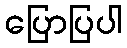
ပြောပြပါ